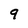
Character: 9